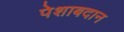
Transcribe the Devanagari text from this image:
पेशाबदान